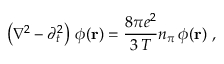
\left( \nabla ^ { 2 } - \partial _ { t } ^ { 2 } \right) \, \phi ( { \bf r } ) = \frac { 8 \pi e ^ { 2 } } { 3 \, T } n _ { \pi } \, \phi ( { \bf r } ) \ ,